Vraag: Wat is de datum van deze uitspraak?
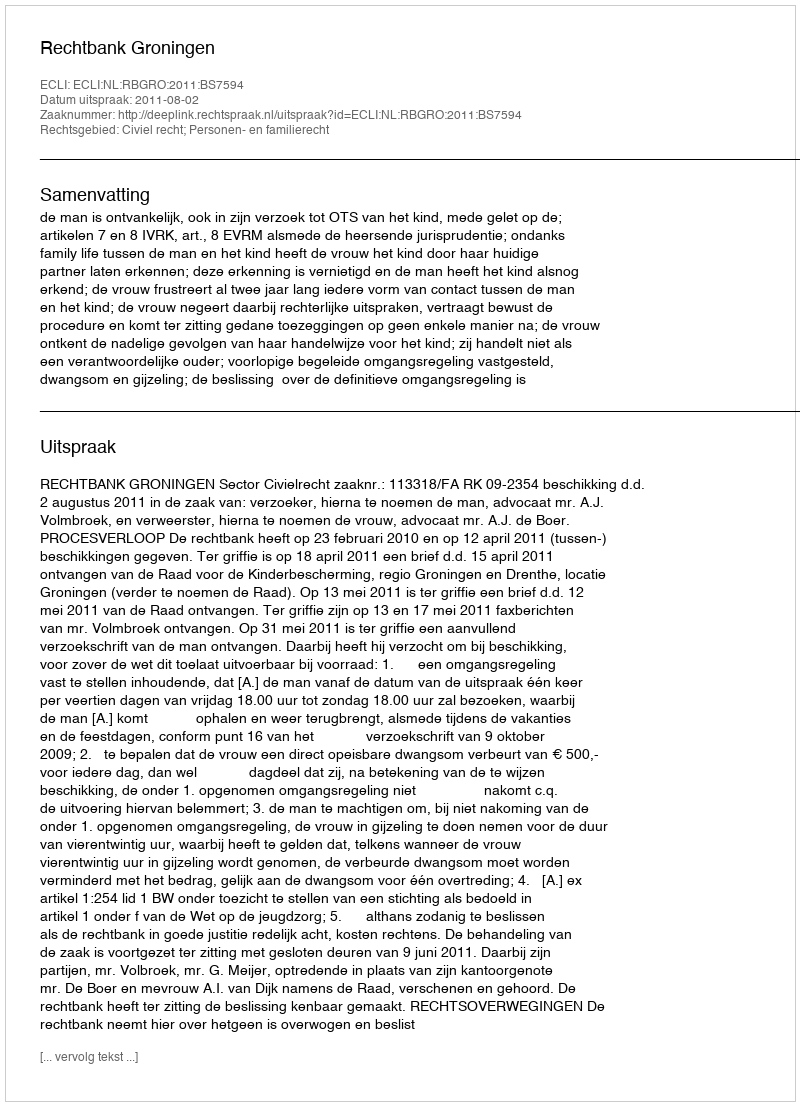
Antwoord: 2011-08-02